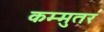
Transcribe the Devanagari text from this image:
कम्मुतर